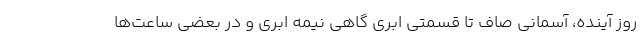
روز آینده، آسمانی صاف تا قسمتی ابری گاهی نیمه ابری و در بعضی ساعت‌ها